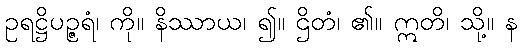
ဥရဋ္ဌိပဉ္ဇရံ၊ ကို။ နိဿာယ၊ ၍။ ဌိတံ၊ ၏။ ဣတိ၊ သို့။ န